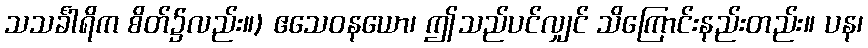
သသင်္ခါရိက စိတ်၌လည်း။) ဧသေဝနယော၊ ဤသည်ပင်လျှင် သိကြောင်းနည်းတည်း။ ပန၊